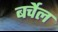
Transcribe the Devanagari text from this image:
बर्चेल